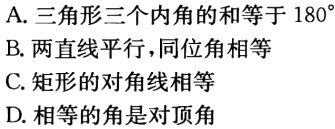
A. 三角形三个内角的和等于 \(180^{\circ}\)
B. 两直线平行，同位角相等
C. 矩形的对角线相等
D. 相等的角是对顶角